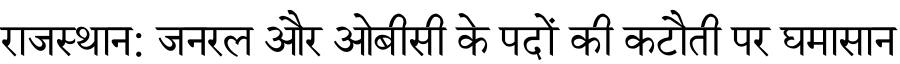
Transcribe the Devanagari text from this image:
राजस्थान: जनरल और ओबीसी के पदों की कटौती पर घमासान